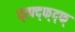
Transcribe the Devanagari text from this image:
द्त्फ्द्फ्द्फ्